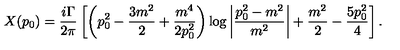
X ( p _ { 0 } ) = \frac { i \Gamma } { 2 \pi } \left[ \left( p _ { 0 } ^ { 2 } - \frac { 3 m ^ { 2 } } { 2 } + \frac { m ^ { 4 } } { 2 p _ { 0 } ^ { 2 } } \right) \log \left| \frac { p _ { 0 } ^ { 2 } - m ^ { 2 } } { m ^ { 2 } } \right| + \frac { m ^ { 2 } } { 2 } - \frac { 5 p _ { 0 } ^ { 2 } } { 4 } \right] .